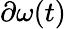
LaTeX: \partial\omega(t)